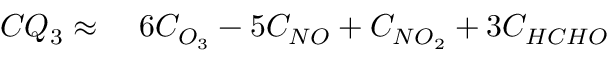
\begin{array} { r l } { C Q _ { 3 } \approx } & { { } \ 6 C _ { O _ { 3 } } - 5 C _ { N O } + C _ { N O _ { 2 } } + 3 C _ { H C H O } } \end{array}